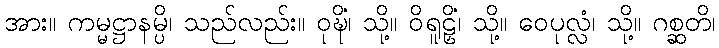
အား။ ကမ္မဋ္ဌာနမ္ပိ၊ သည်လည်း။ ဝုဍ္ဎိံ၊ သို့။ ဝိရူဠှိံ၊ သို့။ ဝေပုလ္လံ၊ သို့။ ဂစ္ဆတိ၊